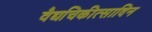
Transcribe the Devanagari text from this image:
वैद्यचिकीत्सादिन